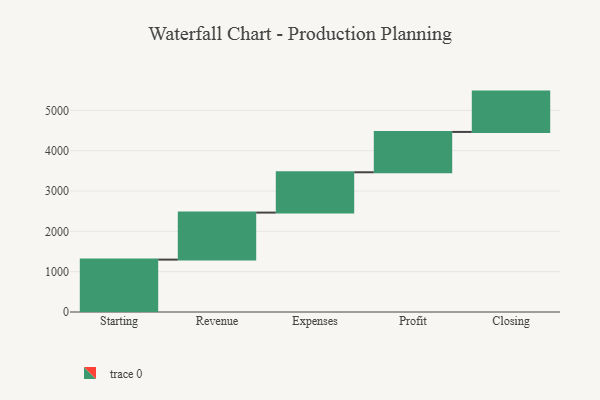
{"axis": {"x": "Step", "y": "Value"}, "legend": [""], "data": [{"x": "Starting", "y": 1299.0, "type": ""}, {"x": "Revenue", "y": 1166.0, "type": ""}, {"x": "Expenses", "y": 1000, "type": ""}, {"x": "Profit", "y": 1000, "type": ""}, {"x": "Closing", "y": 1000, "type": ""}]}